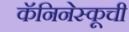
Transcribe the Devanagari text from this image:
कॅनिनेस्कूची